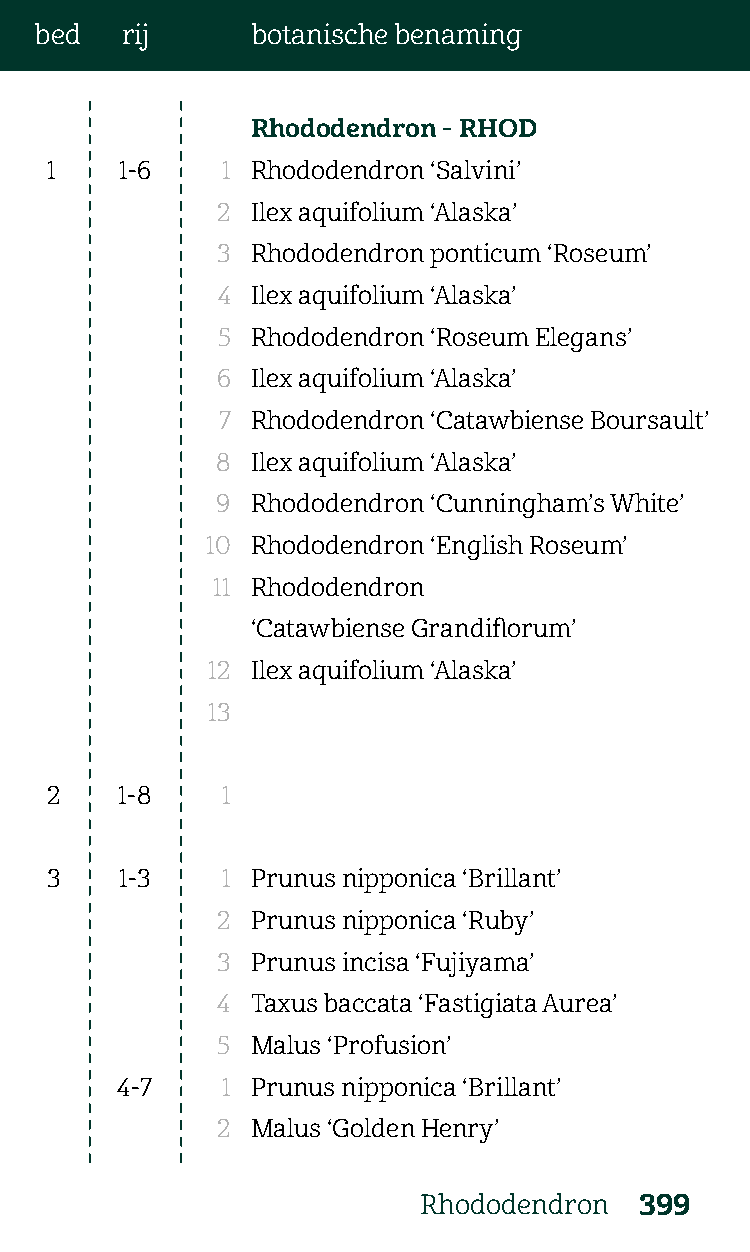
bed   rij      botanische benaming
 Rhododendron - RHOD
 1    1-6    1 Rhododendron ‘Salvini’
 2  Ilex aquifolium ‘Alaska’
 3  Rhododendron ponticum ‘Roseum’
 4  Ilex aquifolium ‘Alaska’
 5  Rhododendron ‘Roseum Elegans’
 6  Ilex aquifolium ‘Alaska’
 7  Rhododendron ‘Catawbiense Boursault’
 8  Ilex aquifolium ‘Alaska’
 9  Rhododendron ‘Cunningham’s White’
 10 Rhododendron ‘English Roseum’
 11 Rhododendron
 ‘Catawbiense Grandiflorum’
 12 Ilex aquifolium ‘Alaska’
 13
 2    1-8    1
 3    1-3    1 Prunus nipponica ‘Brillant’
 2  Prunus nipponica ‘Ruby’
 3  Prunus incisa ‘Fujiyama’
 4  Taxus baccata ‘Fastigiata Aurea’
 5  Malus ‘Profusion’
 4-7    1 Prunus nipponica ‘Brillant’
 2  Malus ‘Golden Henry’
 Rhododendron  399